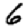
Digit: 6